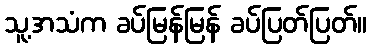
သူ့အသံက ခပ်မြန်မြန် ခပ်ပြတ်ပြတ်။